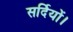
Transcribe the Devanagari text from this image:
सर्दियों।